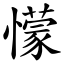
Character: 懞